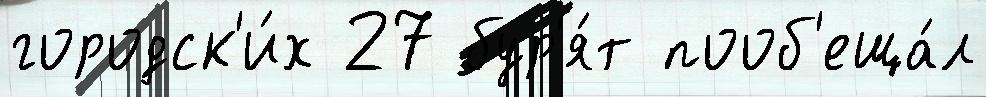
городск'и́х 27 бур'я́т пооб'еща́л